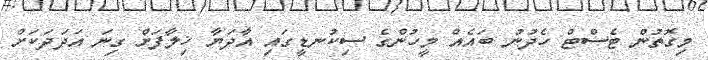
މިގޮތުން ޓެސްޓް ހެދުނު ބައެއް މީހުންގެ ސިކުނޑީގައި އާދަޔާ ޚިލާފަށް ގިނަ އަދަދަކަށް